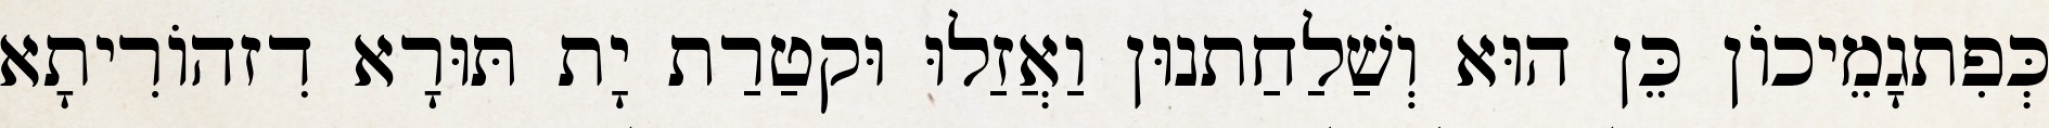
כְּפִתגָמֵיכוֹן כֵּן הוּא וְשַׁלַחַתנוּן וַאֲזַלוּ וּקטַרַת יָת תּוּרָא דִזהוֹרִיתָא